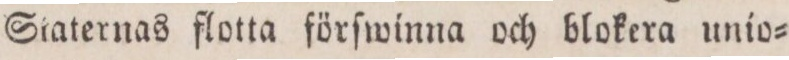
Staternas flotta förſwinna och blokera unio=